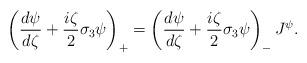
LaTeX: \begin{align*} \left(\frac{d\psi}{d\zeta}+\frac{i\zeta}{2}\sigma_3\psi\right)_{+}=\left(\frac{d\psi}{d\zeta}+\frac{i\zeta}{2}\sigma_3\psi\right)_{-}J^{\psi}. \end{align*}